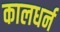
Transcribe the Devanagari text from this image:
कालधर्न